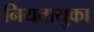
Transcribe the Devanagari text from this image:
नियतायुका